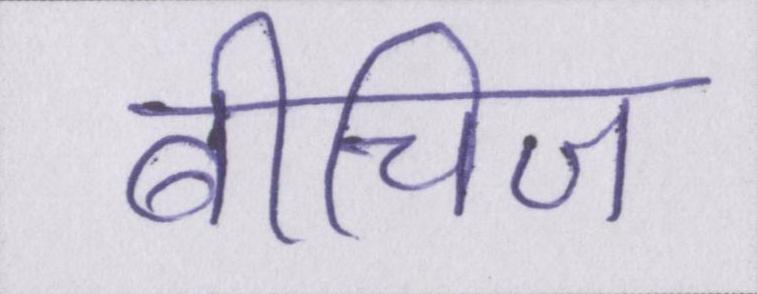
बीचिज